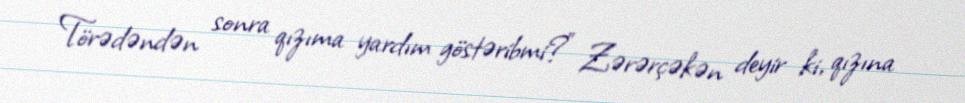
Törədəndən sonra qızıma yardım göstəribmi?” Zərərçəkən deyir ki, qızına